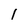
Character: 1